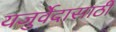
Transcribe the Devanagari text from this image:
यजुर्वेदासाठी